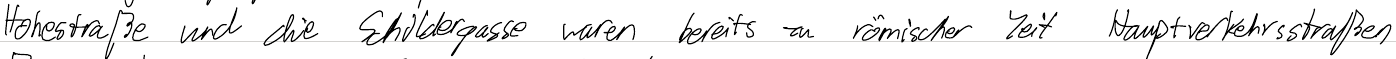
Hohestraße und die Schildergasse waren bereits zu römischer Zeit Hauptverkehrsstraßen